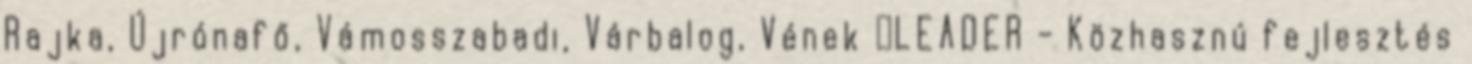
Rajka, Újrónafő, Vámosszabadi, Várbalog, Vének ▪LEADER - Közhasznú fejlesztés